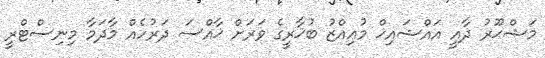
މަޝްޙޫރު ދާއީ އައްޝައިޚް މުޢިއްޒު ބުޚާރީގެ ވަރަށް ޚާއްސަ ދަރުހެއް މާދަމާ މިނިސްޓްރީ